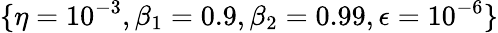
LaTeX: \{ \eta=10^{-3},\beta_{1}=0.9,\beta_{2}=0.99,\epsilon=10^{-6}\}